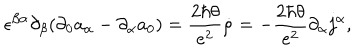
LaTeX: \epsilon ^ { \beta \alpha } \partial _ { \beta } ( \partial _ { 0 } a _ { \alpha } - \partial _ { \alpha } a _ { 0 } ) = { \frac { 2 \hbar \theta } { e ^ { 2 } } } \dot { \rho } = - { \frac { 2 \hbar \theta } { e ^ { 2 } } } \partial _ { \alpha } j ^ { \alpha } ,